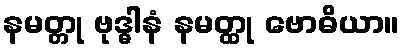
နမတ္တု ဗုဒ္ဓါနံ နမတ္ထု ဗောဓိယာ။